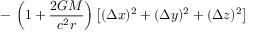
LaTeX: - \, \left( 1 + { \frac { 2 G M } { c ^ { 2 } r } } \right) \left[ ( \Delta x ) ^ { 2 } + ( \Delta y ) ^ { 2 } + ( \Delta z ) ^ { 2 } \right]